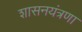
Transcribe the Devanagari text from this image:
शासनयंत्रणा